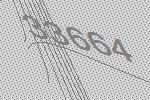
33664